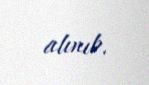
alınıb.